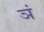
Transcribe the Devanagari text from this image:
ञं